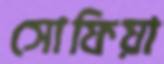
সোফিয়া